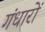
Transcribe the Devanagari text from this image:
गंधारों